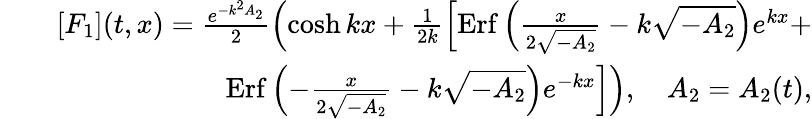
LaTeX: \begin{array}{rlr}&{}&{[F_{1}](t,x)=\frac{e^{-k^{2}A_{2}}}{2}\left(\cosh kx+\frac{1}{2k}\left[\mathrm{Erf}\left(\frac{x}{2\sqrt{-A_{2}}}-k\sqrt{-A_{2}}\right)e^{kx}+\right.\right.}\\ &{}&{\left.\left.\mathrm{Erf}\left(-\frac{x}{2\sqrt{-A_{2}}}-k\sqrt{-A_{2}}\right)e^{-kx}\right]\right),\quad A_{2}=A_{2}(t),}\end{array}